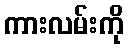
ကားလမ်းကို